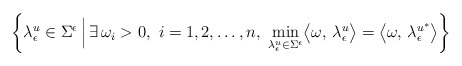
\begin{align*}\biggl \{ \lambda_{\epsilon}^{u} \in \Sigma^{\epsilon} \, \Bigl \vert \, \exists \,\omega_i >0, \,\, i=1,2, \ldots, n, \,\, \min_{\lambda_{\epsilon}^{u} \in \Sigma^{\epsilon}} \bigl\langle \omega,\, \lambda_{\epsilon}^{u}\bigr\rangle = \bigl\langle \omega,\, \lambda_{\epsilon}^{u^{\ast}} \bigr\rangle \biggr\} \end{align*}